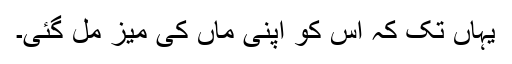
یہاں تک کہ اس کو اپنی ماں کی میز مل گئی۔